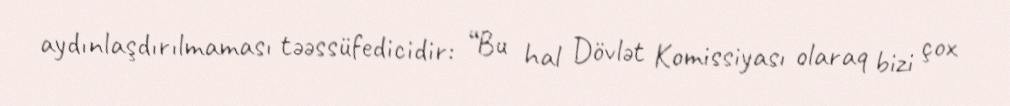
aydınlaşdırılmaması təəssüfedicidir: “Bu hal Dövlət Komissiyası olaraq bizi çox